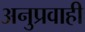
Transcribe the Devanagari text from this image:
अनुप्रवाही